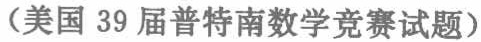
(美国 39 届普特南数学竞赛试题)